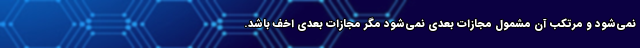
نمی‌شود و مرتکب آن مشمول مجازات بعدی نمی‌شود مگر مجازات بعدی اخف باشد.